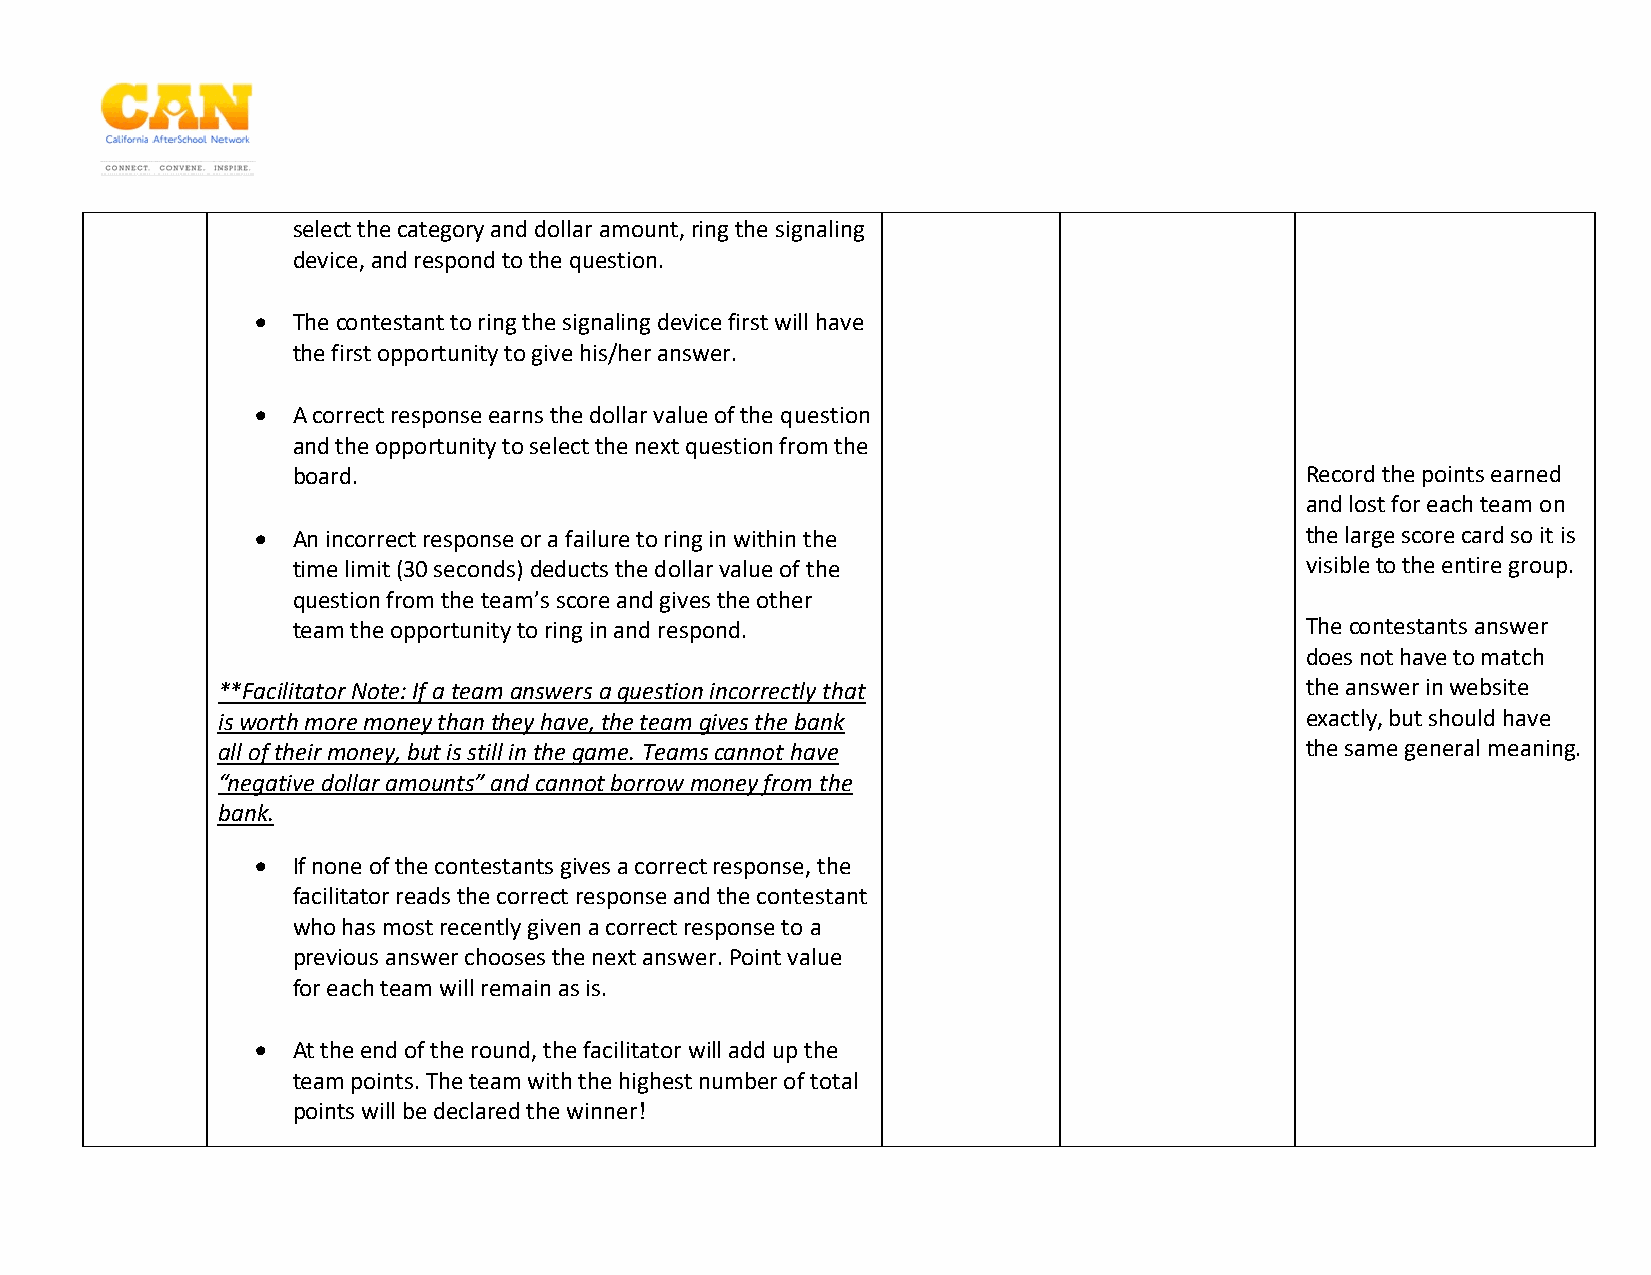
select the category and dollar amount, ring the signaling
 device, and respond to the question.
 • The contestant to ring the signaling device first will have
 the first opportunity to give his/her answer.
 • A correct response earns the dollar value of the question
 and the opportunity to select the next question from the
 board.                                                             Record the points earned
 and lost for each team on
 • An incorrect response or a failure to ring in within the           the large score card so it is
 time limit (30 seconds) deducts the dollar value of the            visible to the entire group.
 question from the team’s score and gives the other
 team the opportunity to ring in and respond.                       The contestants answer
 does not have to match
 **Facilitator Note: If a team answers a question incorrectly that       the answer in website
 is worth more money than they have, the team gives the bank             exactly, but should have
 all of their money, but is still in the game. Teams cannot have         the same general meaning.
 “negative dollar amounts” and cannot borrow money from the
 bank.
 • If none of the contestants gives a correct response, the
 facilitator reads the correct response and the contestant
 who has most recently given a correct response to a
 previous answer chooses the next answer. Point value
 for each team will remain as is.
 • At the end of the round, the facilitator will add up the
 team points. The team with the highest number of total
 points will be declared the winner!